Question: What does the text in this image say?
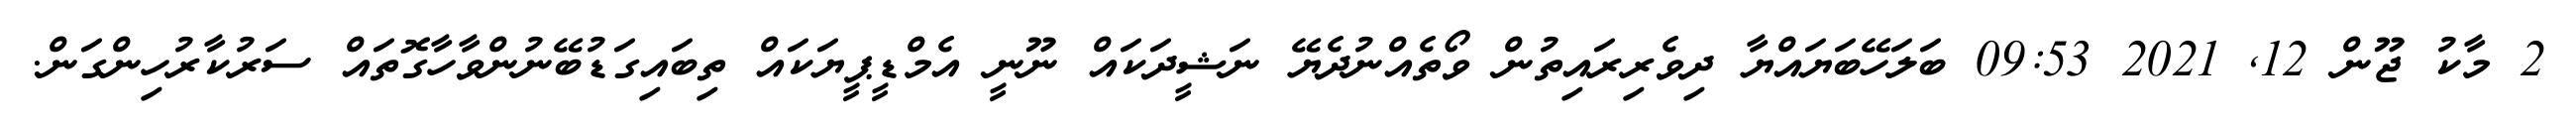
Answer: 2 މާކު ޖޫން 12, 2021 09:53 ބަލަހޭބަޔައްޔާ ދިވެރިރައިތުން ވޯތެއްނުދެޔޭ ނަޝީދަކައް ނޫނީ އެމްޑީޕީޔަކައް ތިބައިގަޑުބޭނުންވާހާގޮތައް ސަރުކާރުހިންގަން.